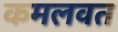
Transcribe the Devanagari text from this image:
कमलवत